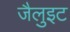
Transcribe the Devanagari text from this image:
जैलुइट